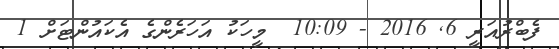
ފެބްރުއަރީ 6